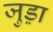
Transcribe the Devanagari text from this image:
जुड़़ा